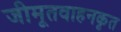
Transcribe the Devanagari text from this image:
जीमूतवाहनकृत